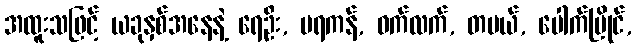
အထူးသဖြင့် ယခုနှစ်အနေနဲ့ ရေဦး, မရကန်, ဝက်လက်, တပယ်, ပေါက်မြိုင်,